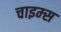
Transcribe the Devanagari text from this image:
चाइम्‍स